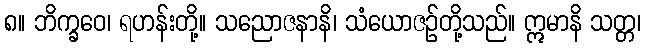
၈။ ဘိက္ခဝေ၊ ရဟန်းတို့။ သညောဇနာနိ၊ သံယောဇဉ်တို့သည်။ ဣမာနိ သတ္တ၊